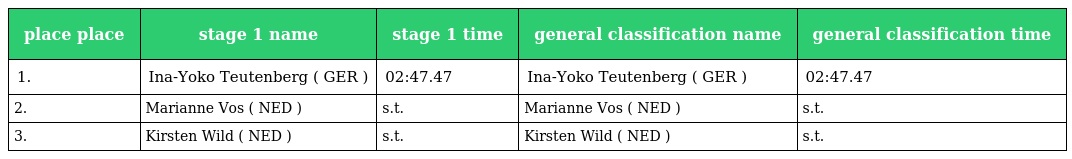
| place place | stage 1 name | stage 1 time | general classification name | general classification time |
 | --- | --- | --- | --- | --- |
 | 1. | Ina-Yoko Teutenberg ( GER ) | 02:47.47 | Ina-Yoko Teutenberg ( GER ) | 02:47.47 |
 | 2. | Marianne Vos ( NED ) | s.t. | Marianne Vos ( NED ) | s.t. |
 | 3. | Kirsten Wild ( NED ) | s.t. | Kirsten Wild ( NED ) | s.t. |